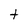
Character: t